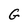
Character: G